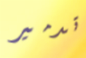
تدمير